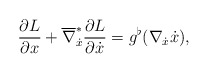
\begin{gather*} \frac{ \partial L }{ \partial x } + \overline{ \nabla } _{ \dot{x} } ^\ast \frac{ \partial L }{ \partial \dot{x} } = g ^\flat ( \nabla _{ \dot{x} } \dot{x} ) , \end{gather*}